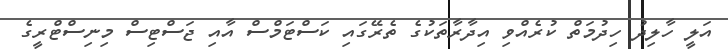
އަލީ ހާލިދު ހިދުމަތް ކުރެއްވި އިދާރާތަކުގެ ތެރޭގައި ކަސްޓަމްސް އާއި ޖަސްޓިސް މިނިސްޓްރީގެ